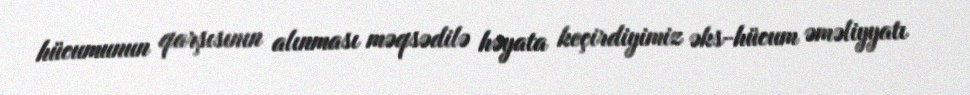
hücumunun qarşısının alınması məqsədilə həyata keçirdiyimiz əks-hücum əməliyyatı